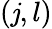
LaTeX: (\mathit{j},l)